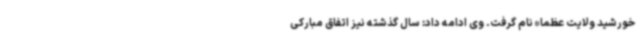
خورشید ولایت عظما» نام گرفت. وی ادامه داد: سال گذشته نیز اتفاق مبارکی